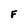
Character: F